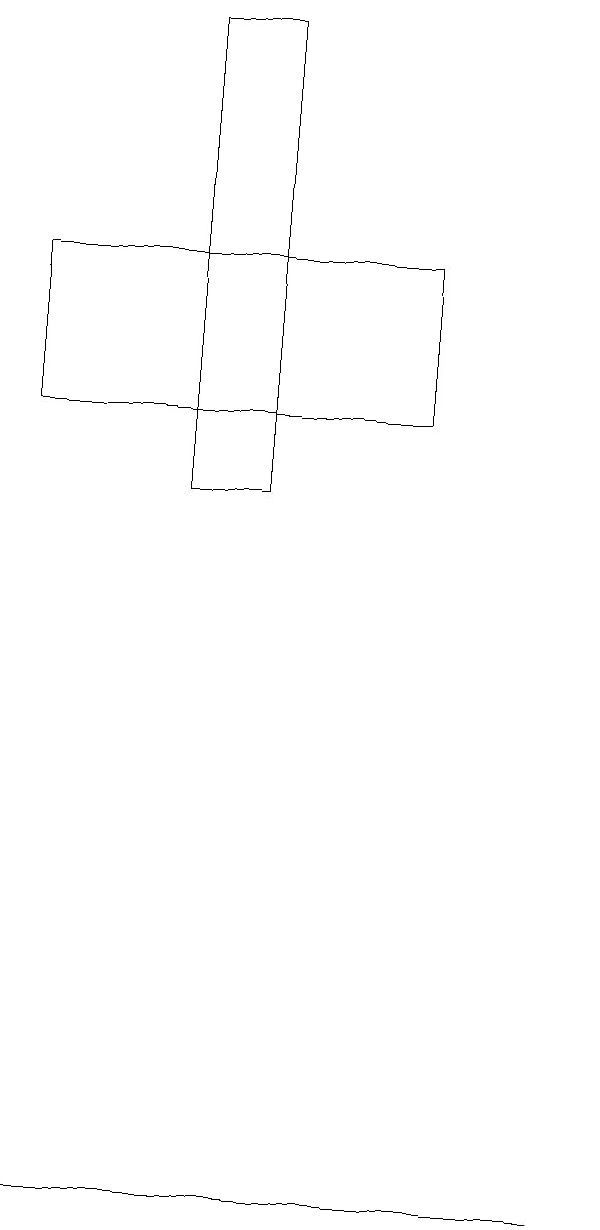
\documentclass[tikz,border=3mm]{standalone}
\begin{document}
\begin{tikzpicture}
\draw (3,10) rectangle (2,13);
\draw (0,1) -- (7,1) -- (2,1) -- cycle;
\draw (5,11) rectangle (0,13);
\draw (3,16) rectangle (2,13);
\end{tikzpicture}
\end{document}